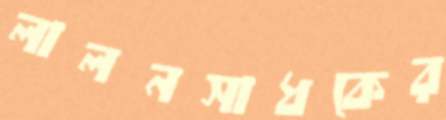
লালনসাধকের